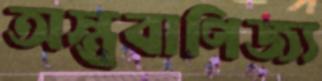
অস্ত্রবাণিজ্য